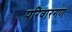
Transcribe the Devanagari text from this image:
परिवारगण